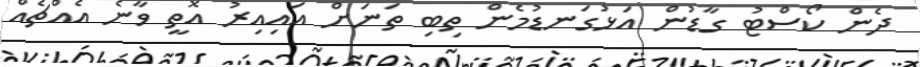
ދެން ކޯސްޓު ގާޑުން އަޅުގަނޑުމެން ތިބި ތަނަށް އައިއިރު އޮތީ ވާނެ އެއްޗެއް